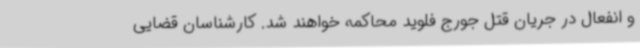
و انفعال در جریان قتل جورج فلوید محاکمه خواهند شد. کارشناسان قضایی